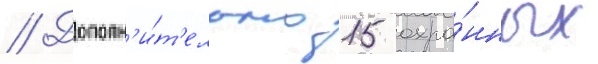
// Дополн'и́т'ельно 15 охра́нных